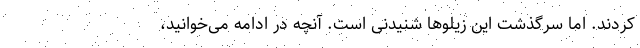
کردند. اما سرگذشت این زیلوها شنیدنی است. آنچه در ادامه می‌خوانید،